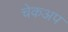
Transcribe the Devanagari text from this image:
चेकअप